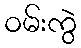
ဝမ်းကွဲ